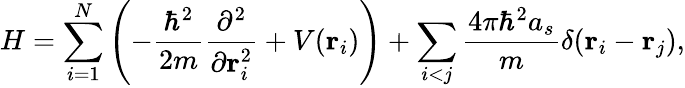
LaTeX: H=\sum_{i=1}^{N}\left(-{\frac{\hbar^{2}}{2m}}{\frac{\partial^{2}}{\partial\mathbf{r}_{i}^{2}}}+V(\mathbf{r}_{i})\right)+\sum_{i<j}{\frac{4\pi\hbar^{2}a_{s}}{m}}\delta(\mathbf{r}_{i}-\mathbf{r}_{j}),